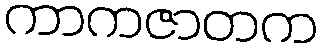
ကာကဇာတက